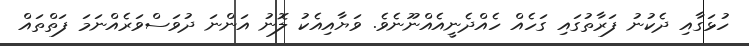
ހުޅަގާއި ދެކުނު ފަރާތުގައި ގަހެއް ހެއްދެނީއެއްނޫނެވެ. ވަޔާއިއެކު ލޮނު އަންނަ ދުވަސްވަރެއްނަމަ ފަތްތައް